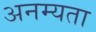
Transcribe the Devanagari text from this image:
अनम्यता